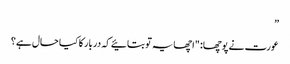
”
عورت نے پوچھا: "اچھا یہ تو بتائیے کہ دربار کا کیا حال ہے؟